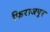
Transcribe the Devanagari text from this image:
फिराजपुर